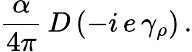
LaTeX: \frac{\alpha}{4\pi}\, D\, (-i\, e\, \gamma_{\rho})\, .